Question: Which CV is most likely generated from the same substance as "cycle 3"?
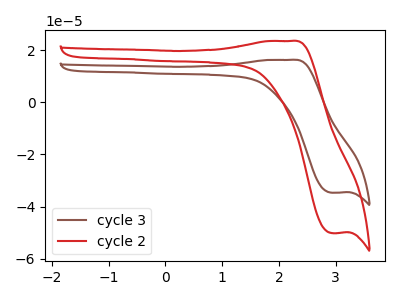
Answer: <think>The brown curve "cycle 3" has an anodic peak at (2.20V, 16.20uA) and a cathodic peak at (2.95V, -34.65uA). The red curve "cycle 2" has an anodic peak at (2.20V, 23.45uA) and a cathodic peak at (2.95V, -50.15uA).
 All the peaks in "cycle 3" have a peak in "cycle 2" at the same potential. Every peak in "cycle 3" is lower than every peak in "cycle 2".</think>
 <answer>The CV with the most similar shape to "cycle 2" is "cycle 3".</answer>
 <eval>"cycle 3"</eval>